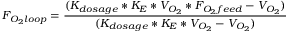
F _ { O _ { 2 } l o o p } = { \frac { ( K _ { d o s a g e } * K _ { E } * V _ { O _ { 2 } } * F _ { O _ { 2 } f e e d } - V _ { O _ { 2 } } ) } { ( K _ { d o s a g e } * K _ { E } * V _ { O _ { 2 } } - V _ { O _ { 2 } } ) } }